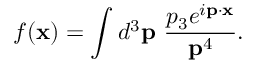
f ( { \bf x } ) = \int d ^ { 3 } { \bf p } ~ \frac { p _ { 3 } e ^ { i { \bf p } \cdot { \bf x } } } { { \bf p } ^ { 4 } } .